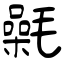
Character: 氉